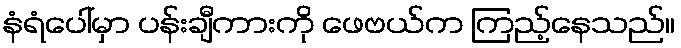
နံရံပေါ်မှာ ပန်းချီကားကို ဖေဗယ်က ကြည့်နေသည်။